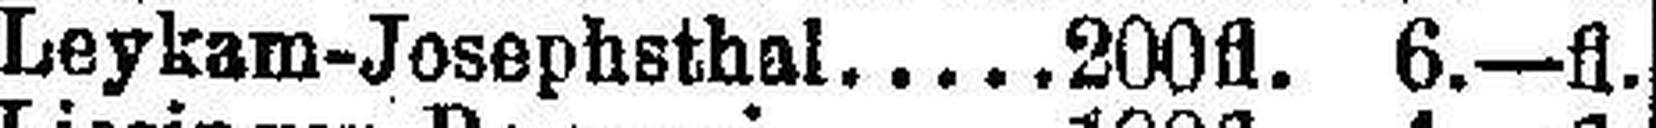
Leykam-Josephsthal 200 fl. 6.—fl.